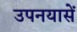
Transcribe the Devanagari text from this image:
उपनयासें